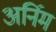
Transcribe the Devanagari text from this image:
अर्निम